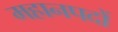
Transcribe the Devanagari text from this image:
महानपदों